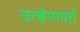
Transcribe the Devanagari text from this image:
उत्क्षेपावर्त